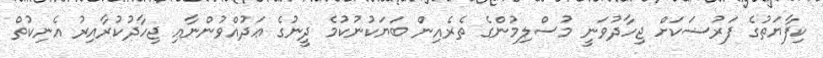
ކިފާޔަތުގެ ފަރުޟަކަށް ޖިހާދުވަނީ މުސްލިމުންގެ ތެރެއިން ބަޔަކުނުކުމެ ދީނުގެ ޢަދުއްވުންނާއި ޖިހާދުކުރާއިރު އެނިކުތް